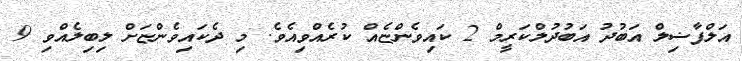
އަލްފާޟިލް އަބުދު އަބުދުލްކަރީމް 2 ކައިވެންޏެއް ކުރެއްވިއެވެ. މި ދެކައިވެންޏަށް ލިބިލެއްވި 9